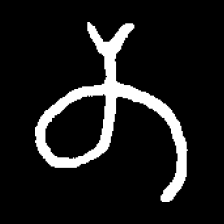
Pyu character \u2014 Myanmar letter: တ (romanized: ta)